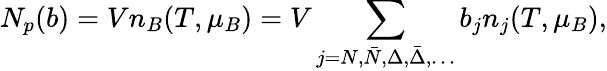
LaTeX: N_{p}(b)=Vn_{B}(T,\mu_{B})=V\sum_{j=N,\bar{N},\Delta,\bar{\Delta},\dots}b_{j}n_{j}(T,\mu_{B}),